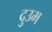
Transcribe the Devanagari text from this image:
दुउम